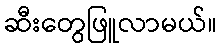
ဆီးတွေဖြူလာမယ်။